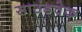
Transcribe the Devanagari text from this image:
साउंडचेक